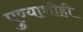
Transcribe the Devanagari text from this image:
पुण्याशीही